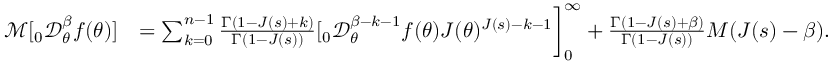
\begin{array} { r l } { \mathcal { M } [ _ { 0 } \mathcal { D } _ { \theta } ^ { \beta } f ( \theta ) ] } & { = \sum _ { k = 0 } ^ { n - 1 } \frac { \Gamma ( 1 - J ( s ) + k ) } { \Gamma ( 1 - J ( s ) ) } [ _ { 0 } \mathcal { D } _ { \theta } ^ { \beta - k - 1 } f ( \theta ) J ( \theta ) ^ { J ( s ) - k - 1 } \bigg ] _ { 0 } ^ { \infty } + \frac { \Gamma ( 1 - J ( s ) + \beta ) } { \Gamma ( 1 - J ( s ) ) } M ( J ( s ) - \beta ) . } \end{array}